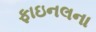
ફાઇનલના